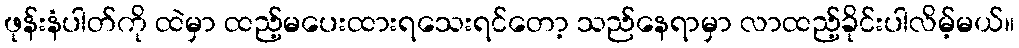
ဖုန်းနံပါတ်ကို ထဲမှာ ထည့်မပေးထားရသေးရင်တော့ သည်နေရာမှာ လာထည့်ခိုင်းပါလိမ့်မယ်။